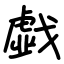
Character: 戱